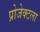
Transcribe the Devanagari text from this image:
प्रोजेक्टला